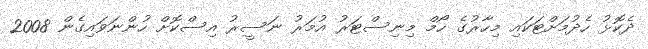
ދެކޮޅު ހެދުމަށްޓަކައި މިހާރުގެ ހޯމް މިނިސްޓަރު އުމަރު ނަސީރު އިސްކޮށް ހުންނަވައިގެން 2008